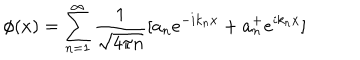
\phi ( x ) = \sum _ { n = 1 } ^ { \infty } { \frac { 1 } { \sqrt { 4 \pi n } } } [ a _ { n } e ^ { - i k _ { n } x } + a _ { n } ^ { + } e ^ { i k _ { n } x } ]